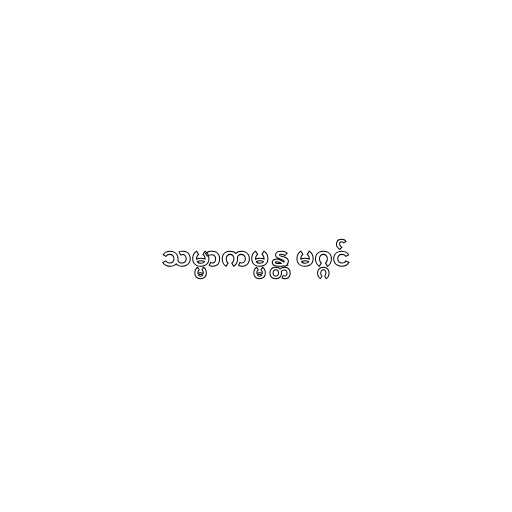
သမ္မာကမ္မန္တ မဂ္ဂင်